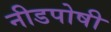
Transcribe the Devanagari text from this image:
नीडपोषी